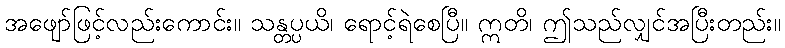
အဖျော်ဖြင့်လည်းကောင်း။ သန္တပ္ပယိ၊ ရောင့်ရဲစေပြီ။ ဣတိ၊ ဤသည်လျှင်အပြီးတည်း။